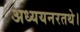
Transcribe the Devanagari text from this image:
अध्ययनरतथे।